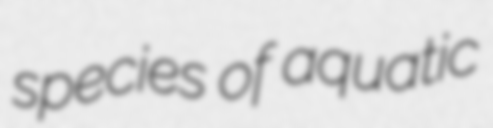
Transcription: species of aquatic